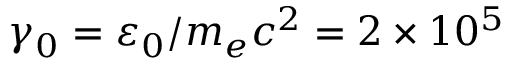
\gamma _ { 0 } = \varepsilon _ { 0 } / m _ { e } c ^ { 2 } = 2 \times 1 0 ^ { 5 }